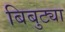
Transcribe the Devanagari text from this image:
बिबुट्या